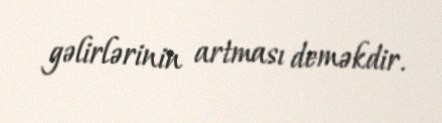
gəlirlərinin artması deməkdir.